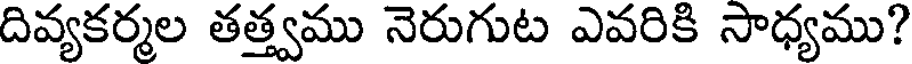
దివ్యకర్మల తత్త్వము నెరుగుట ఎవరికి సాధ్యము?